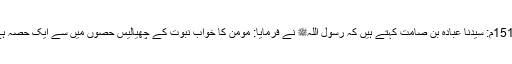
1519م: سیدنا عبادہ بن صامتؓ کہتے ہیں کہ رسول اللہﷺ نے فرمایا: مومن کا خواب نبوت کے چھیالیس حصوں میں سے ایک حصہ ہے۔